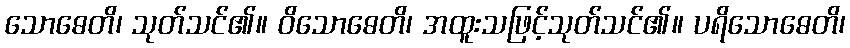
သောဓေတိ၊ သုတ်သင်၏။ ဝိသောဓေတိ၊ အထူးသဖြင့်သုတ်သင်၏။ ပရိသောဓေတိ၊